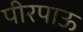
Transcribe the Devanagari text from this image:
पीरपाऊ